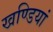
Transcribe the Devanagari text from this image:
खण्डियां